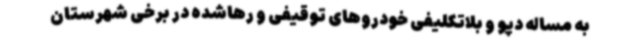
به مساله دپو و بلاتکلیفی خودروهای توقیفی و رهاشده در برخی شهرستان